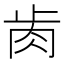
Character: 𦙡